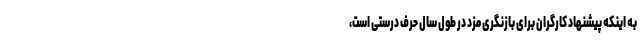
به اینکه پیشنهاد کارگران برای بازنگری مزد در طول سال حرف درستی است،